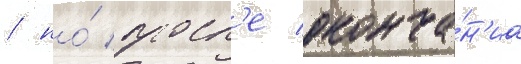
/ но́ посл'е оконча́н'иа